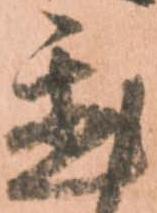
置